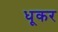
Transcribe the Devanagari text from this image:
धूकर